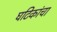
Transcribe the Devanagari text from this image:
घटिकांचा